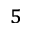
^ 5